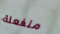
منفعلة